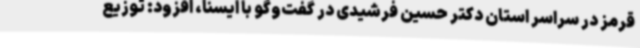
قرمز در سراسر استان دکتر حسین فرشیدی در گفت‌وگو با ایسنا، افزود: توزیع